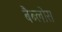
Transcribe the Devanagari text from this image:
बैब्लोस